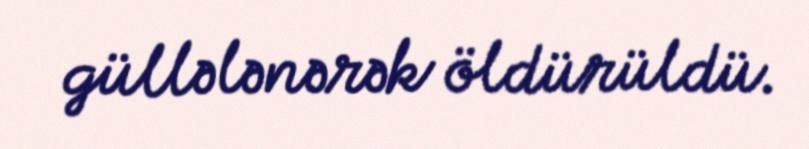
güllələnərək öldürüldü.